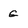
Character: g